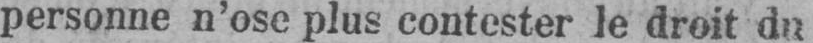
personne n’ose plus contester le droit du